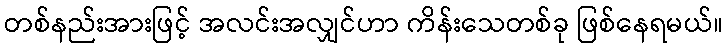
တစ်နည်းအားဖြင့် အလင်းအလျှင်ဟာ ကိန်းသေတစ်ခု ဖြစ်နေရမယ်။